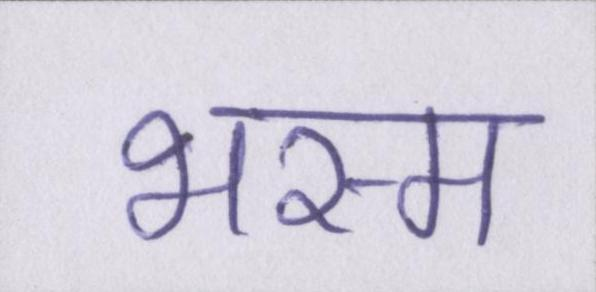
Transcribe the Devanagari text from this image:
भस्म